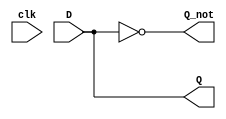
module ff_logic(input wire clk, input wire D, output reg Q, output reg Q_not);	
	initial begin
		Q <= 0;
		Q_not <= 1;
	end
	always@(clk) 
	begin
		Q <= D;
		Q_not <= !D;
	end
endmodule